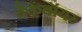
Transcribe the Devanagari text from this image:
बैकेंबॉयर